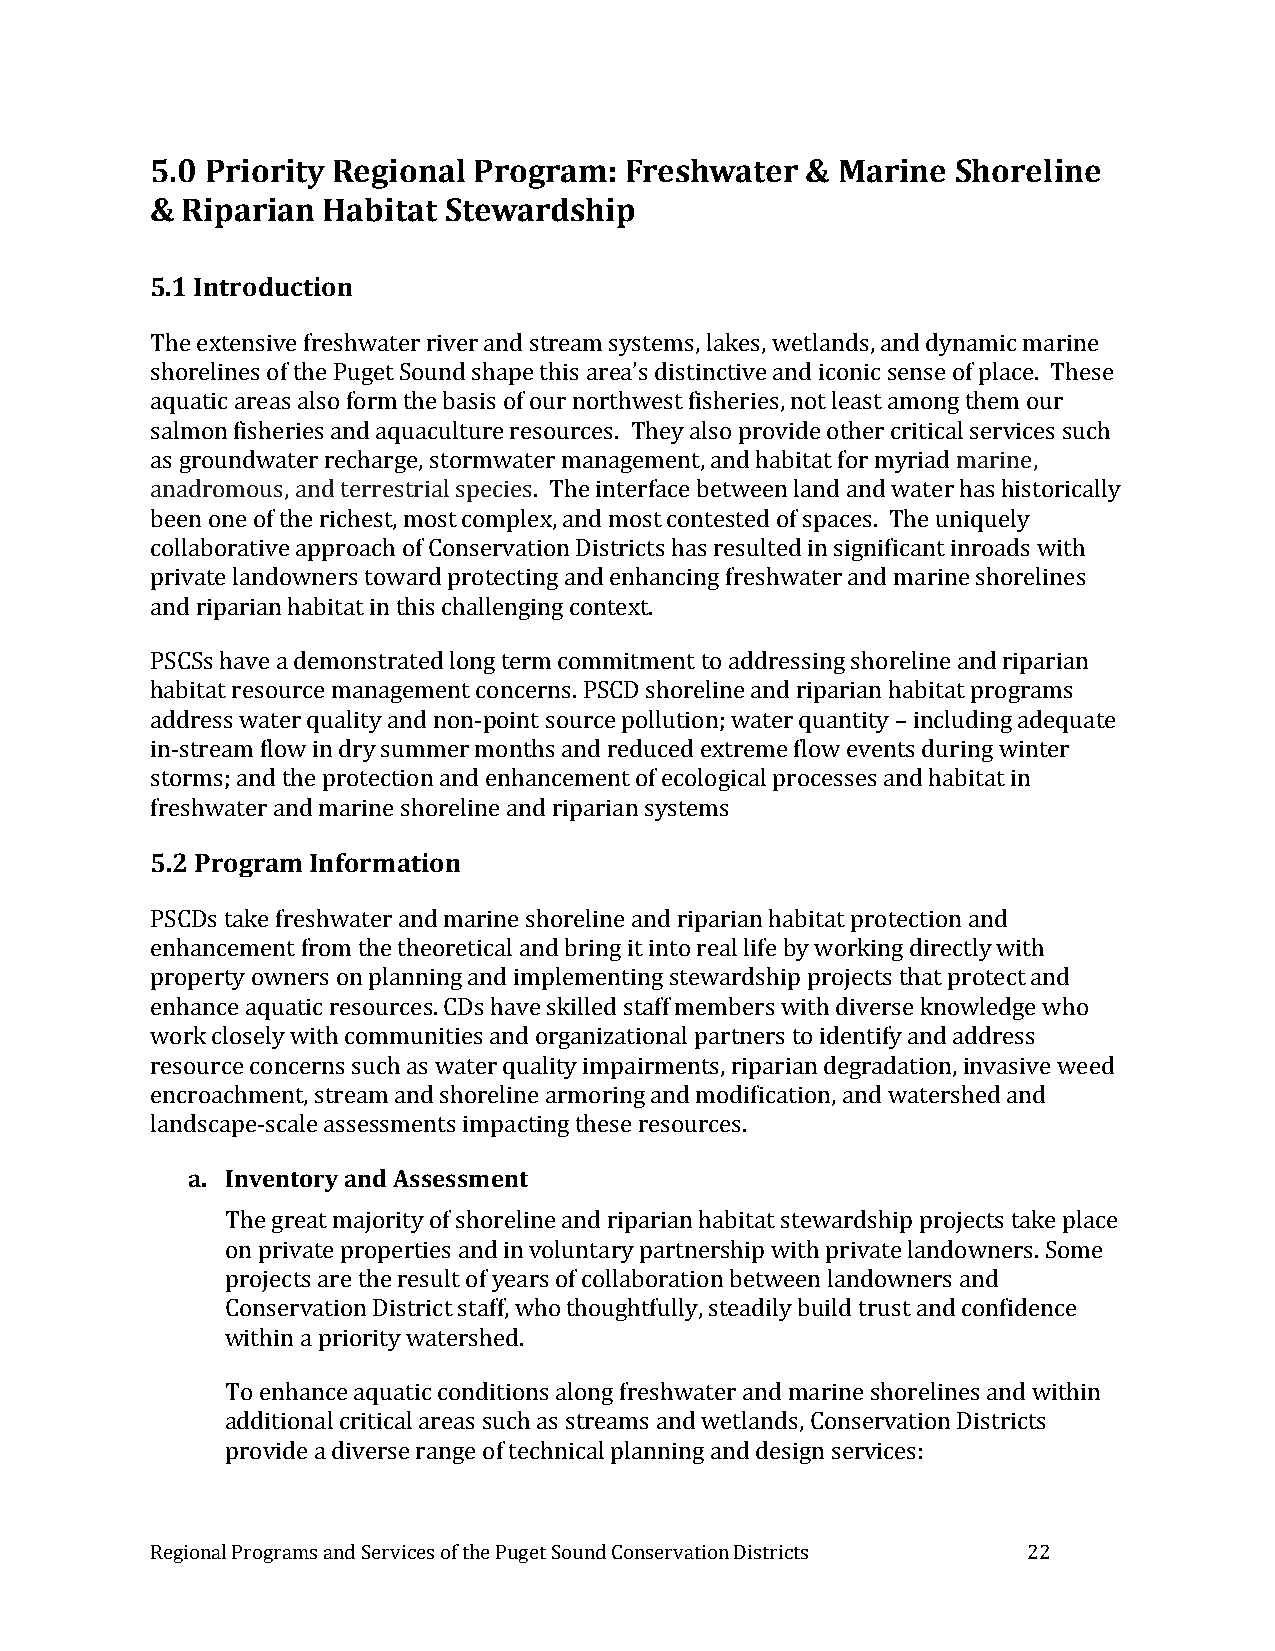
5.0 Priority Regional Program: Freshwater  & Marine  Shoreline
 & Riparian Habitat Stewardship
 5.1 Introduction
 The extensive freshwater river and stream systems, lakes, wetlands, and dynamic marine
 shorelines of the Puget Sound shape this area’s distinctive and iconic sense of place. These
 aquatic areas also form the basis of our northwest fisheries, not least among them our
 salmon fisheries and aquaculture resources. They also provide other critical services such
 as groundwater recharge, stormwater management, and habitat for myriad marine,
 anadromous, and terrestrial species. The interface between land and water has historically
 been one of the richest, most complex, and most contested of spaces. The uniquely
 collaborative approach of Conservation Districts has resulted in significant inroads with
 private landowners toward protecting and enhancing freshwater and marine shorelines
 and riparian habitat in this challenging context.
 PSCSs have a demonstrated long term commitment to addressing shoreline and riparian
 habitat resource management concerns. PSCD shoreline and riparian habitat programs
 address water quality and non-point source pollution; water quantity – including adequate
 in-stream flow in dry summer months and reduced extreme flow events during winter
 storms; and the protection and enhancement of ecological processes and habitat in
 freshwater and marine shoreline and riparian systems
 5.2 Program Information
 PSCDs take freshwater and marine shoreline and riparian habitat protection and
 enhancement from the theoretical and bring it into real life by working directly with
 property owners on planning and implementing stewardship projects that protect and
 enhance aquatic resources. CDs have skilled staff members with diverse knowledge who
 work closely with communities and organizational partners to identify and address
 resource concerns such as water quality impairments, riparian degradation, invasive weed
 encroachment, stream and shoreline armoring and modification, and watershed and
 landscape-scale assessments impacting these resources.
 a. Inventory and Assessment
 The great majority of shoreline and riparian habitat stewardship projects take place
 on private properties and in voluntary partnership with private landowners. Some
 projects are the result of years of collaboration between landowners and
 Conservation District staff, who thoughtfully, steadily build trust and confidence
 within a priority watershed.
 To enhance aquatic conditions along freshwater and marine shorelines and within
 additional critical areas such as streams and wetlands, Conservation Districts
 provide a diverse range of technical planning and design services:
 Regional Programs and Services of the Puget Sound Conservation Districts 22